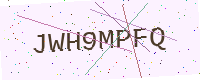
Text: JWH9MPFQ